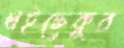
খইঢেকুর